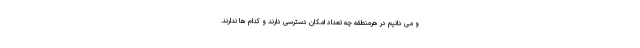
و می دانیم در هرمنطقه چه تعداد امکان دسترسی دارند و کدام ها ندارند.